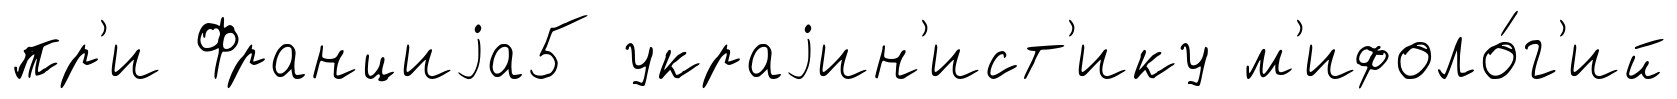
пр'и Франциjа5 украjин'ист'ику м'ифоло́г'ий